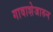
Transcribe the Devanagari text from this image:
गावाशेजारुन